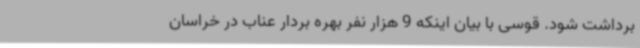
برداشت شود. قوسی با بیان اینکه 9 هزار نفر بهره بردار عناب در خراسان